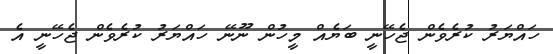
ހައްޔަރު ކުރެވެން ޖެހޭނީ ބަޔެއް މީހުން ނޫނޭ ހައްޔަރު ކުރެވެން ޖެހޭނީ އެ